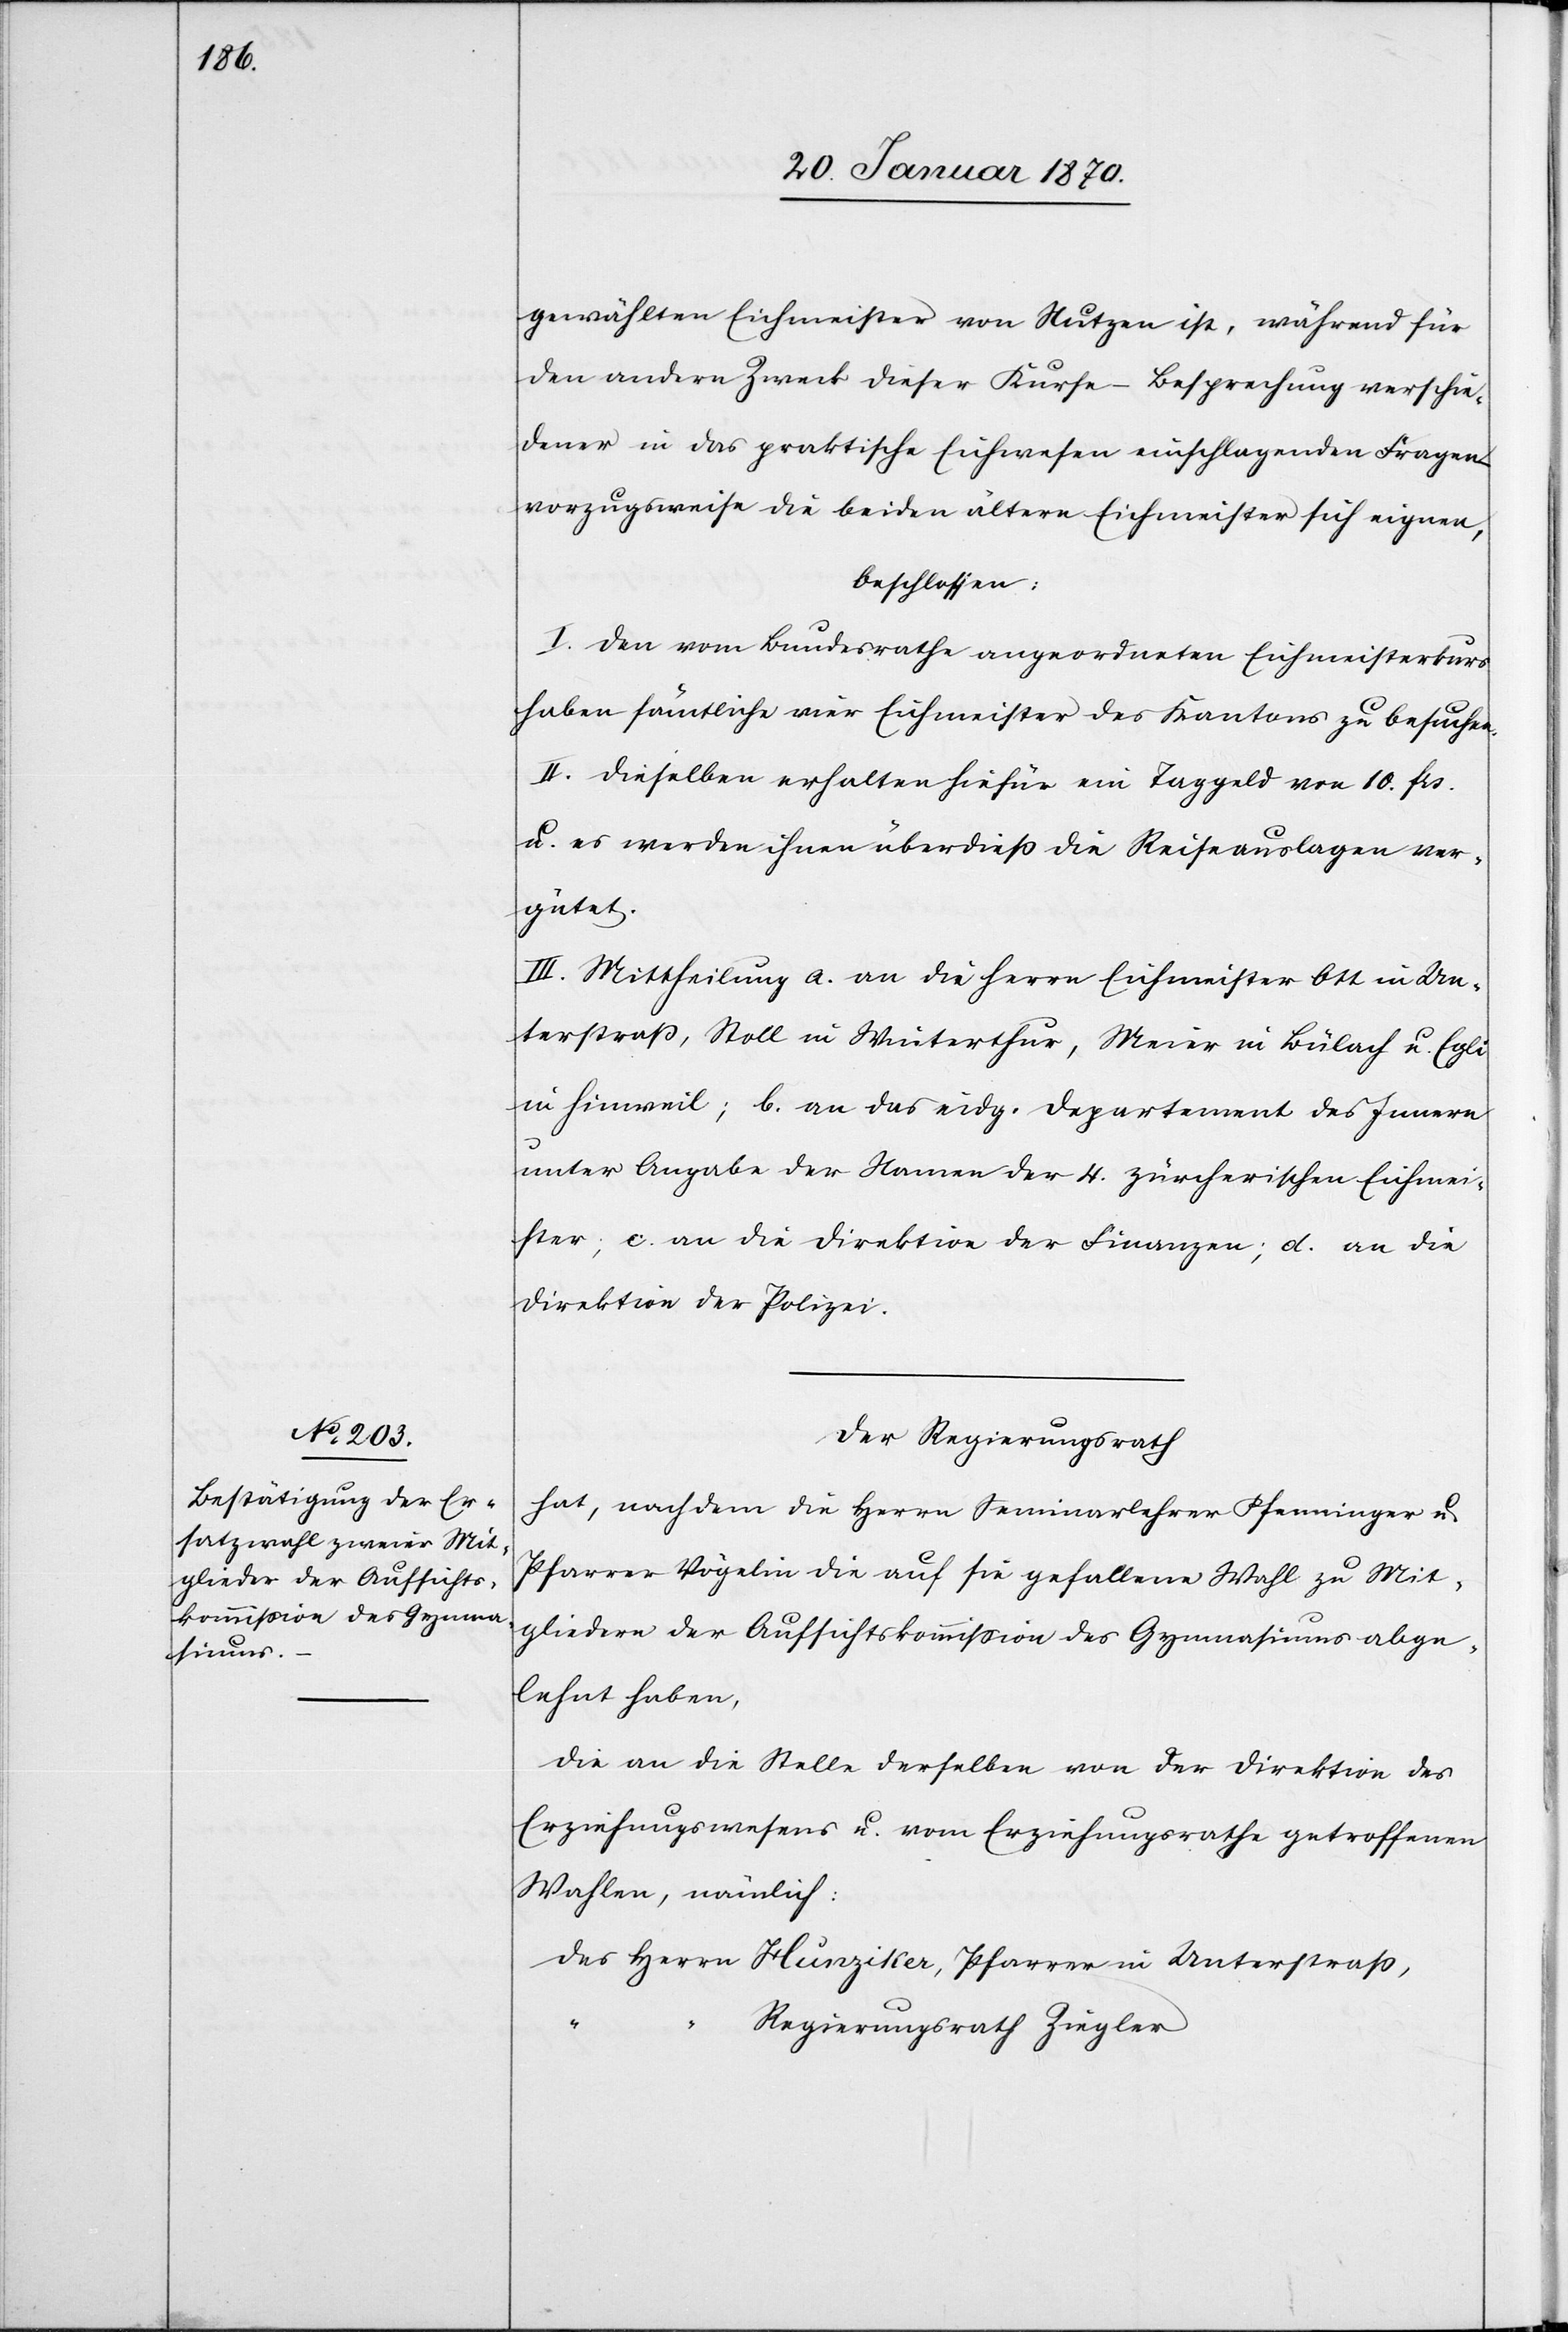
gewählten Eichmeister von Nutzen ist, während für
den andern Zweck dieser Kurse – Besprechung verschie¬
dener in das praktische Eichwesen einschlagenden Fragen
vorzugsweise die beiden ältern Eichmeister sich eignen,
beschlossen:
I. Den vom Bundesrathe angeordneten Eichmeisterkurs
haben sämtliche vier Eichmeister des Kantons zu besuchen.
II. Dieselben erhalten hiefür ein Taggeld von 10. frs.
u. es werden ihnen überdieß die Reiseauslagen ver¬
gütet.
III. Mittheilung a. an die Herrn Eichmeister Ott in Un¬
terstraß, Stoll in Winterthur, Meier in Bülach u. Egli
in Hinweil; b. an das eidg. Departement des Innern
unter Angabe der Namen der 4. zürcherischen Eichmei¬
ster; c. an die Direktion der Finanzen; d. an die
Direktion der Polizei.
Der Regierungsrath
hat, nachdem die Herrn Seminarlehrer Pfenninger u.
Pfarrer Vögelin die auf sie gefallene Wahl zu Mit¬
gliedern der Aufsichtskommission des Gymnasiums abge¬
lehnt haben,
die an die Stelle derselben von der Direktion des
Erziehungswesens u. vom Erziehungsrathe getroffenen
Wahlen, nämlich:
des Herrn Hunziker, Pfarrer in Unterstraß,
Regierungsrath Ziegler